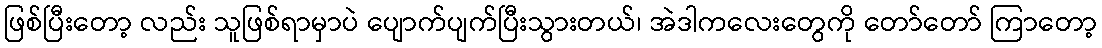
ဖြစ်ပြီးတော့ လည်း သူဖြစ်ရာမှာပဲ ပျောက်ပျက်ပြီးသွားတယ်၊ အဲဒါကလေးတွေကို တော်တော် ကြာတော့